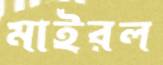
মাইরল